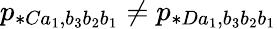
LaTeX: p_{\ast Ca_{1},b_{3}b_{2}b_{1}}\neq p_{\ast Da_{1},b_{3}b_{2}b_{1}}